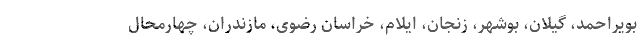
بویراحمد، گیلان، بوشهر، زنجان، ایلام، خراسان رضوی، مازندران، چهارمحال